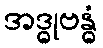
အဒ္ဓုဗန္ဓံ